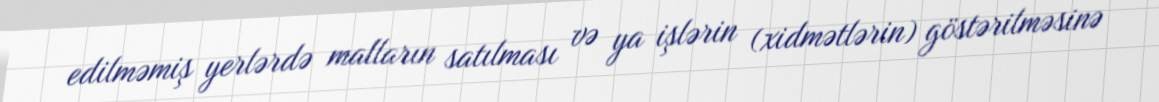
edilməmiş yerlərdə malların satılması və ya işlərin (xidmətlərin) göstərilməsinə